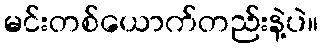
မင်းတစ်ယောက်တည်းနဲ့ပဲ။